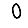
Digit: 0